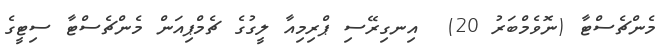
މެންޗެސްޓާ (ނޮވެމްބަރު 20)  އިނގިރޭސި ޕްރިމިއާ ލީގުގެ ޗެމްޕިއަން މެންޗެސްޓާ ސިޓީގެ